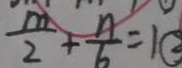
\frac { m } { 2 } + \frac { n } { 6 } = 1 \textcircled { 2 }